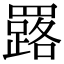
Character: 𦌕